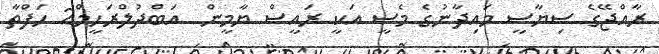
ރާއްޖޭގެ ސިޔާސީ މައިދާނުގެ މެސީ އަކީ ރައީސް ޔާމީން  އަބްދުލްރަހީމް2 ހަފްތާ